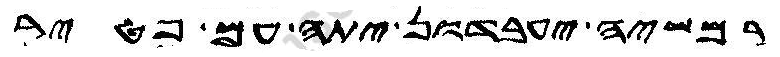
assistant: רמשיה יעבדון יתה עם פטיר